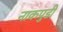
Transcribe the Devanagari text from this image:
नाकपुडी